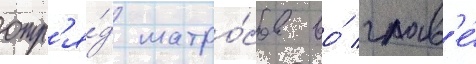
отр'я́д матро́сов во́ глав'е́